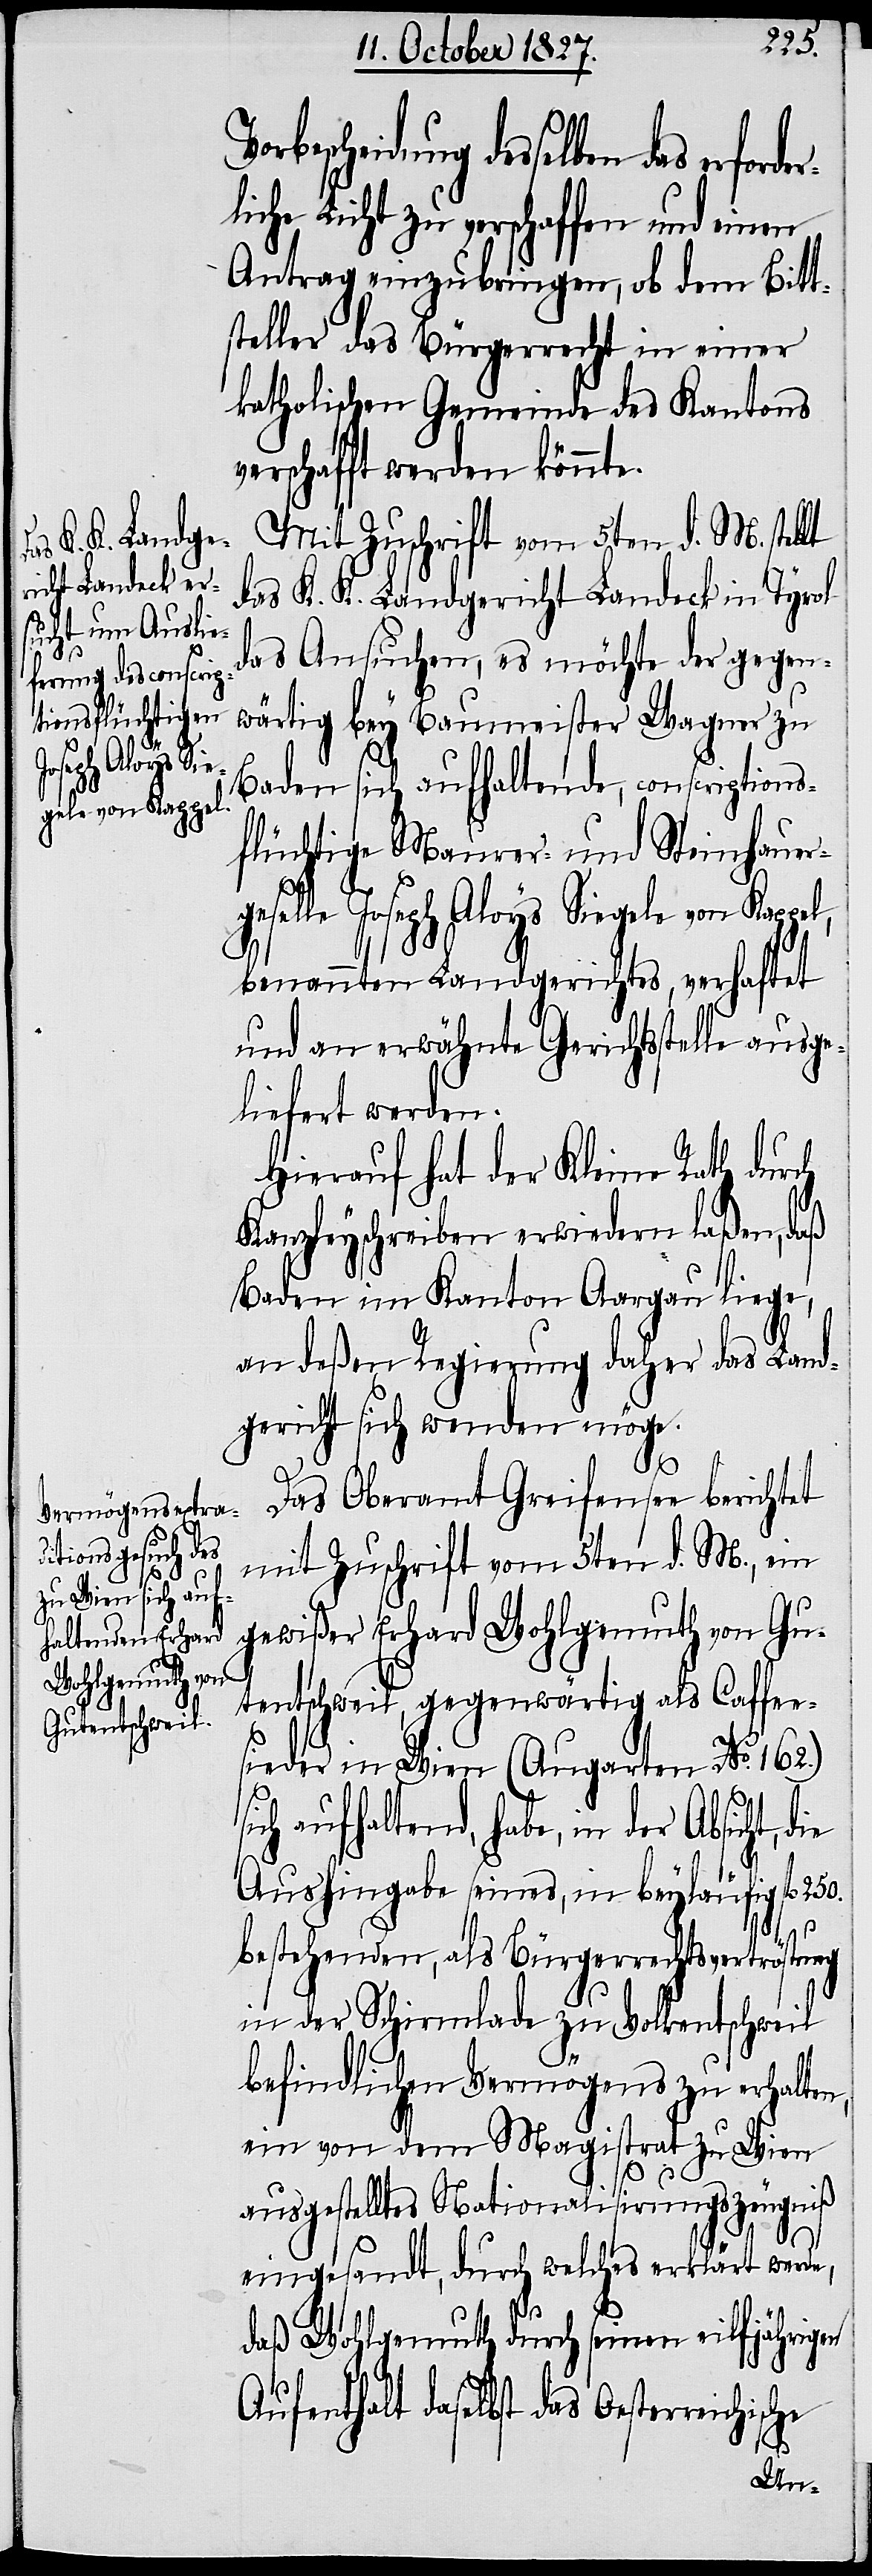
bescheidung desselben das erfo¬
liche Licht zu verschaffen und einen
Antrag einzubringen, ob dem Bitt¬
steller das Bürgerrecht in einer
katholischen Gemeinde des Kantons
verschafft werden könnte.
Mit Zuschrift vom 5ten d. M. stellt
das K. K. Landgericht Landeck in Tyrol
das Ansuchen, es möchte der gegen¬
wärtig bey Baumeister Wagner zu
sicht, die
Baden sich aufhaltende, conscriptions¬
gele von Kappel,
flüchtige Maurer- und Steinhauer¬
benannten Landgerichts, verhaftet
und an erwähnte Gerichtsstelle ausge¬
liefert werden.
Hierauf hat der Kleine Rath durch
Kanzleyschreiben erwiedern laßen, daß
Baden im Kanton Aargau liege,
an deßen Regierung daher das Land¬
gericht sich wenden möge.
Ab¬
Das Oberamt Greifensee berichtet
mit Zuschrift vom 5ten d. M., ein
gewißer Erhard Wohlgemuth von Gu¬
tentschweil, gegenwärtig als Caffee¬
sieder in Wien (Augarten No. 162.)
sich aufhaltend, habe, in der
Aushingabe seines, in beyläufig fl.
250.
bestehenden, als Bürgerrechtsvertröstung
in der Schirmlade zu Volkentschweil
befindlichen Vermögens zu erhalten,
ein von dem Magistrat zu Wien
ausgestelltes Nationalisirungszeugniß
eingesandt, durch welches erklärt werde,
daß Wohlgemuth durch seinen eilfjährigen
Aufenthalt daselbst das Oestreichische